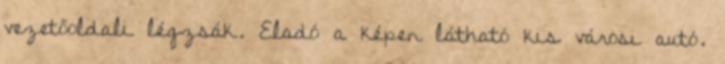
vezetőoldali légzsák. Eladó a képen látható kis városi autó.